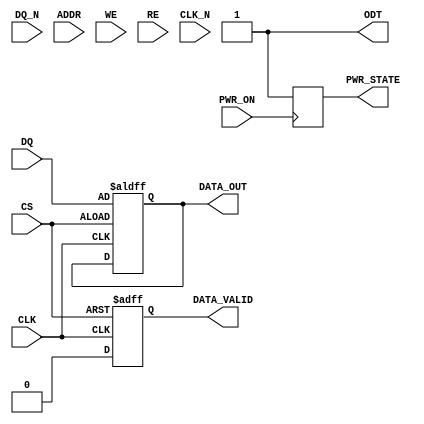
module gddr2_io_block #(
    parameter DATA_WIDTH = 32, // Can be 16, 32, or 64
    parameter ODT_ENABLE = 1    // On-die termination enable
)(
    // Differential Data Signals
    input  wire [DATA_WIDTH-1:0] DQ,      // Data input
    input  wire [DATA_WIDTH-1:0] DQ_N,    // Inverted data input
    // Address and Control Signals
    input  wire [15:0] ADDR,                // Address input
    input  wire CS,                         // Chip Select
    input  wire WE,                         // Write Enable
    input  wire RE,                         // Read Enable
    // Differential Clock Signals
    input  wire CLK,                        // Clock input
    input  wire CLK_N,                      // Inverted clock input
    // Power Management Signals
    input  wire PWR_ON,                     // Power On
    output wire PWR_STATE,                  // Power State
    // Termination Control
    output wire ODT,                        // On-die termination
    // Data Integrity Features
    output wire [DATA_WIDTH-1:0] DATA_OUT, // Data output
    output wire DATA_VALID                  // Data valid signal
);

// Internal signals
reg [DATA_WIDTH-1:0] data_reg;
reg data_valid_reg;
reg odt_reg;

// Power management logic
always @(posedge PWR_ON) begin
    // Power state management logic
    PWR_STATE <= 1'b1; // Power ON
end

// On-die termination control
generate
    if (ODT_ENABLE) begin
        assign ODT = 1'b1; // Enable ODT
    end else begin
        assign ODT = 1'b0; // Disable ODT
    end
endgenerate

// Data output logic
always @(posedge CLK or negedge CS) begin
    if (!CS) begin
        data_reg <= DQ; // Capture data on CS low
        data_valid_reg <= 1'b1; // Indicate data is valid
    end else begin
        data_valid_reg <= 1'b0; // Data not valid
    end
end

assign DATA_OUT = data_reg;
assign DATA_VALID = data_valid_reg;

// Error detection and correction (simplified)
always @(posedge CLK) begin
    // Placeholder for error detection logic
    // Implement error detection and correction mechanisms here
end

endmodule